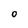
Character: 0